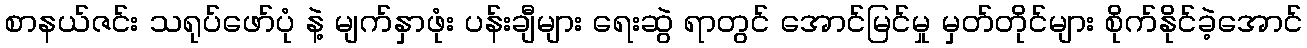
စာနယ်ဇင်း သရုပ်ဖော်ပုံ နဲ့ မျက်နှာဖုံး ပန်းချီများ ရေးဆွဲ ရာတွင် အောင်မြင်မှု မှတ်တိုင်များ စိုက်နိုင်ခဲ့အောင်